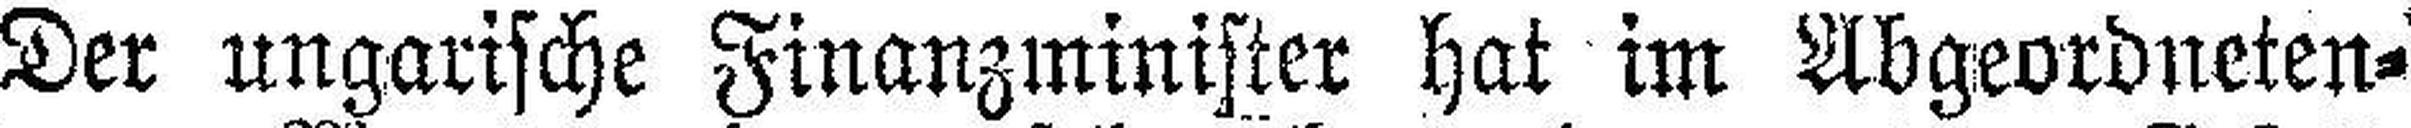
Der ungarische Finanzminister hat im Abgeordneten¬